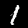
Digit: 1